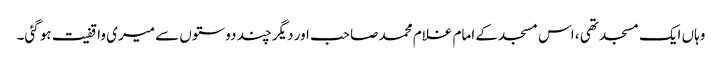
وہاں ایک مسجد تھی ، اس مسجد کے امام غلام محمد صاحب اور دیگر چند دوستوں سے میری واقفیت ہو گئی۔